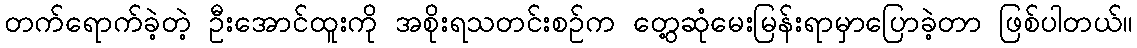
တက်ရောက်ခဲ့တဲ့ ဦးအောင်ထူးကို အစိုးရသတင်းစဉ်က တွေ့ဆုံမေးမြန်းရာမှာပြောခဲ့တာ ဖြစ်ပါတယ်။